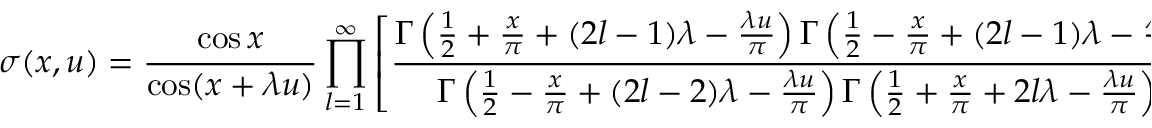
\sigma ( x , u ) = \frac { \cos x } { \cos ( x + \lambda u ) } \prod _ { l = 1 } ^ { \infty } \left[ \frac { \Gamma \left( \frac { 1 } { 2 } + \frac { x } { \pi } + ( 2 l - 1 ) \lambda - \frac { \lambda u } { \pi } \right) \Gamma \left( \frac { 1 } { 2 } - \frac { x } { \pi } + ( 2 l - 1 ) \lambda - \frac { \lambda u } { \pi } \right) } { \Gamma \left( \frac { 1 } { 2 } - \frac { x } { \pi } + ( 2 l - 2 ) \lambda - \frac { \lambda u } { \pi } \right) \Gamma \left( \frac { 1 } { 2 } + \frac { x } { \pi } + 2 l \lambda - \frac { \lambda u } { \pi } \right) } / ( u \to - u ) \right]